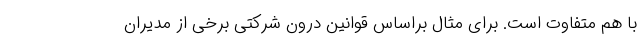
با هم متفاوت است. برای مثال براساس قوانین درون شرکتی برخی از مدیران